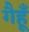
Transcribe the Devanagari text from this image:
गैहूँ